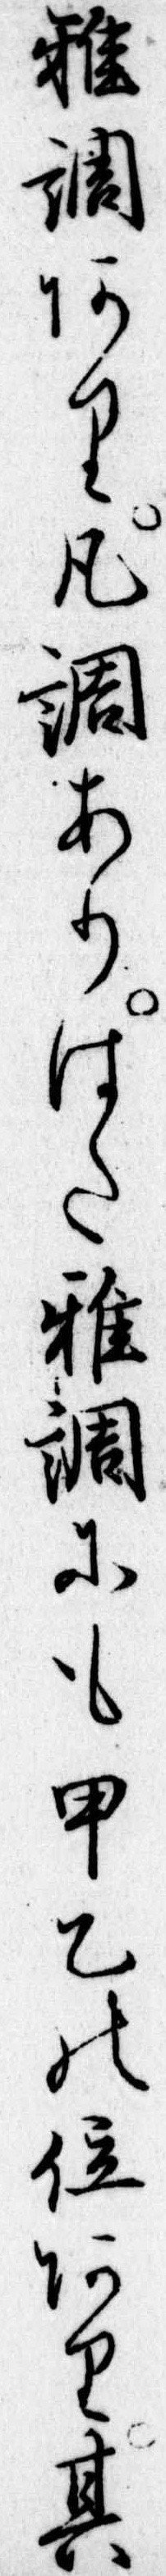
雅調あり凡調ありはた雅調にも甲乙の位あり其